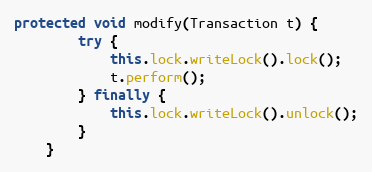
Language: Java
protected void modify(Transaction t) {
        try {
            this.lock.writeLock().lock();
            t.perform();
        } finally {
            this.lock.writeLock().unlock();
        }
    }